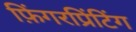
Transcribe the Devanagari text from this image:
फ़िंगरप्रिंटिंग